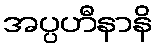
အပ္ပဟီနာနိ